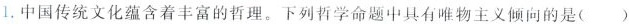
1.中国传统文化蕴含着丰富的哲理。下列哲学命题中具有唯物主义倾向的是( )